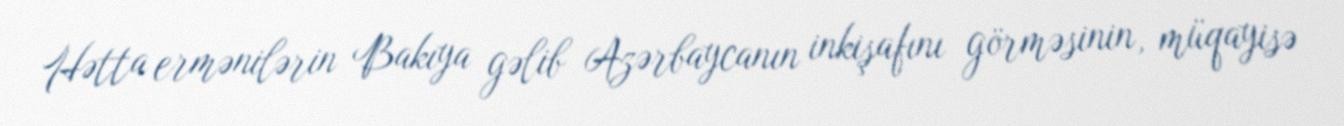
Hətta ermənilərin Bakıya gəlib Azərbaycanın inkişafını görməsinin, müqayisə